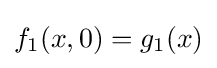
f_{1}(x,0)=g_{1}(x)